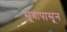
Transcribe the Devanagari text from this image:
सूत्रापासून